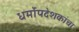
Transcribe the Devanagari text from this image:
धर्मोपदेशकांचा